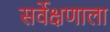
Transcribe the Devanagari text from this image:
सर्वेक्षणाला